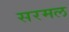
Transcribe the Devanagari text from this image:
सरमल